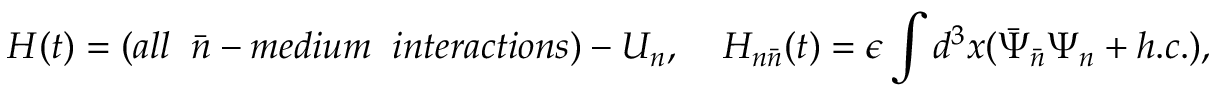
H ( t ) = ( a l l \; \; \bar { n } - m e d i u m \; \; i n t e r a c t i o n s ) - U _ { n } , \; \; \; \; H _ { n \bar { n } } ( t ) = \epsilon \int d ^ { 3 } x ( \bar { \Psi } _ { \bar { n } } \Psi _ { n } + h . c . ) ,